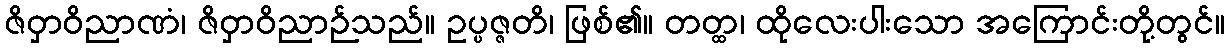
ဇိဝှာဝိညာဏံ၊ ဇိဝှာဝိညာဉ်သည်။ ဥပ္ပဇ္ဇတိ၊ ဖြစ်၏။ တတ္ထ၊ ထိုလေးပါးသော အကြောင်းတို့တွင်။